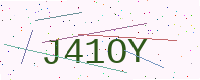
Text: J41OY